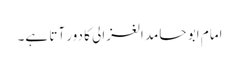
امام ابو حامد الغزالی کا دور آتا ہے۔